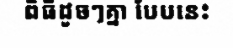
ពិធីដូចៗគ្នា បែបនេះ